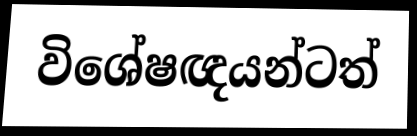
විශේෂඥයන්ටත්